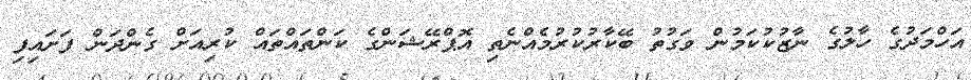
އަހްމަދުގެ ހާލުގެ ނާޒުކުކަމުން ވަގުތު ބޭކާރުކުރުމެއްނެތި އޮޕްރޭޝަންގެ ކަންތައްތައް ކުރިއަށް ގެންދަން ފަށައިފި